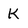
Character: K